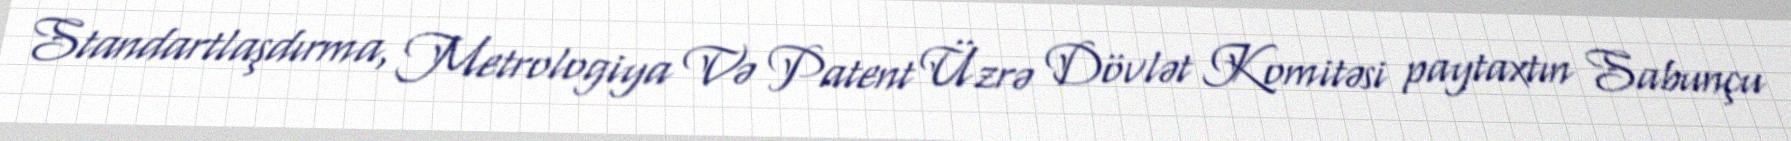
Standartlaşdırma, Metrologiya Və Patent Üzrə Dövlət Komitəsi paytaxtın Sabunçu